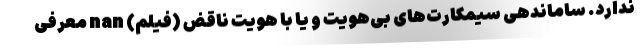
ندارد. ساماندهی سیمکارت‌های بی‌هویت و یا با هویت ناقض (فیلم) nan معرفی